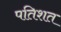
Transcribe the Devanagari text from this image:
पतिशत